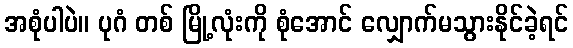
အစုံပါပဲ။ ပုဂံ တစ် မြို့လုံးကို စုံအောင် လျှောက်မသွားနိုင်ခဲ့ရင်